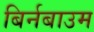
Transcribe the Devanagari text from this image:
बिर्नबाउम